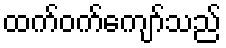
ထက်ဝက်ကျော်သည်